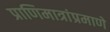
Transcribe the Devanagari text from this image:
प्राणिमात्रांप्रमाणे